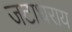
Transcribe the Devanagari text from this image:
जटाधराय